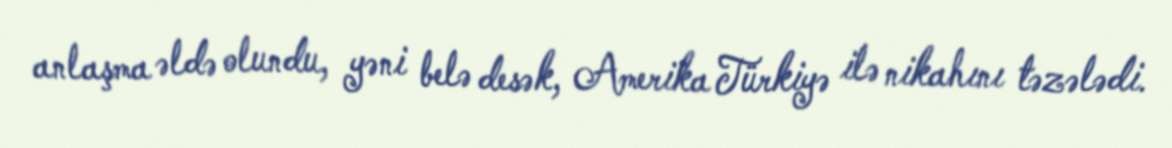
anlaşma əldə olundu, yəni belə desək, Amerika Türkiyə ilə nikahını təzələdi.